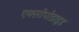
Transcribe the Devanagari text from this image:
एक्सोपोडाइड